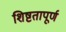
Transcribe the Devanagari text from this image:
शिष्टतापूर्ण